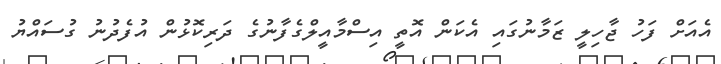
އެއަށް ފަހު ޖާހިލީ ޒަމާނުގައި އެކަން އޮތީ އިސްމާއީލްގެފާނުގެ ދަރިކޮޅުން އުފެދުނު ގުސައްޔު